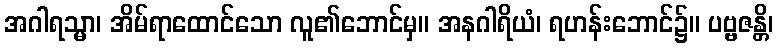
အဂါရသ္မာ၊ အိမ်ရာထောင်သော လူ၏ဘောင်မှ။ အနဂါရိယံ၊ ရဟန်းဘောင်၌။ ပဗ္ဗဇန္တိ၊